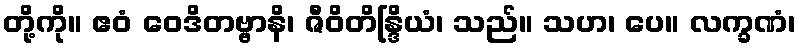
တို့ကို။ ဧဝံ ဝေဒိတဗ္ဗာနိ၊ ဇီဝိတိန္ဒြိယံ၊ သည်။ သဟ၊ ပေ။ လက္ခဏံ၊